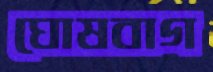
ঘোষবাগ